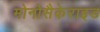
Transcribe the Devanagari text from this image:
मोनोसैकेराइड